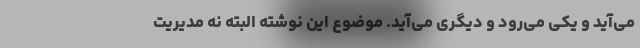
می‌آید و یکی می‌رود و دیگری می‌آید. موضوع این نوشته البته نه مدیریت